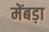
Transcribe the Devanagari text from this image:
मेंबड़ा